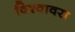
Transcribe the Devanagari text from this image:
विश्वावरा